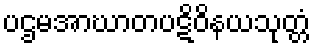
ပဌမအာဃာတပဋိဝိနယသုတ္တံ